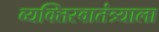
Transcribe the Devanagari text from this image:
व्यक्तिस्वातंत्र्याला